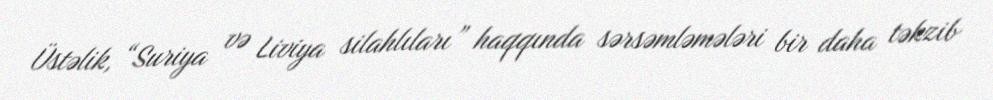
Üstəlik, “Suriya və Liviya silahlıları” haqqında sərsəmləmələri bir daha təkzib